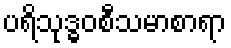
ပရိသုဒ္ဓဝစီသမာစာရာ